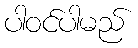
ပါဝင်ပါမည်